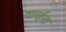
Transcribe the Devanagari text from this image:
वार्व्हरा